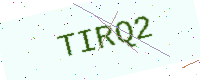
Text: TIRQ2